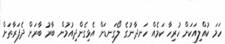
ހަމަ ކުއްލިއަކަށް ހުރިހާ ކަމެއް ހަނދާނުގެ ލޯގަނޑަށް އެޅިގެންދިއުމުން ބާރު ބާރަށް ދެފަރާތަށް